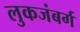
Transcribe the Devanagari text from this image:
लुकजंबर्ग